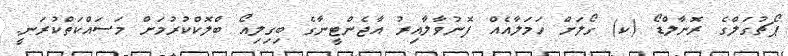
ޕޯޗުގަލްގެ ރޮނާލްޑޯ (ކ) ގޯލަށް ހަމަލާއެއް ފޮނުވާލާއިރު އާޖެންޓީނާގެ ބިގިލިއޯ ބްލޮކްކުރުމަށް މަސައްކަތްކުރަނީ.